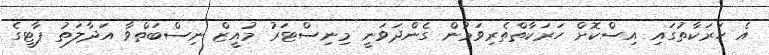
އެ ހަރަކާތުގައި އިސްކޮށް ހަރަކާތްތެރިވަމުން ގެންދަވަނީ މިނިސްޓަރު މުއީޒް ނިސްބަތްވާ އަދާލަތު ޕާޓީގެ